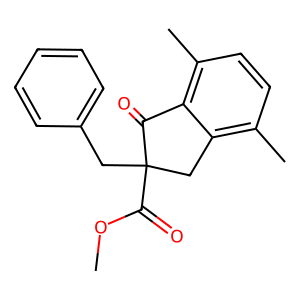
SMILES: COC(=O)C1(Cc2ccccc2)Cc2c(C)ccc(C)c2C1=O
Inhibits HIV replication: No